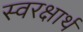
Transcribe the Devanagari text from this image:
स्वरक्षार्थ